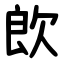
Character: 欴